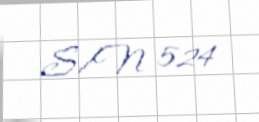
S/N 524